Leprosy in India: report of the Leprosy Commission in India, 1890-91
Year: 1890
Disease focus: Leprosy
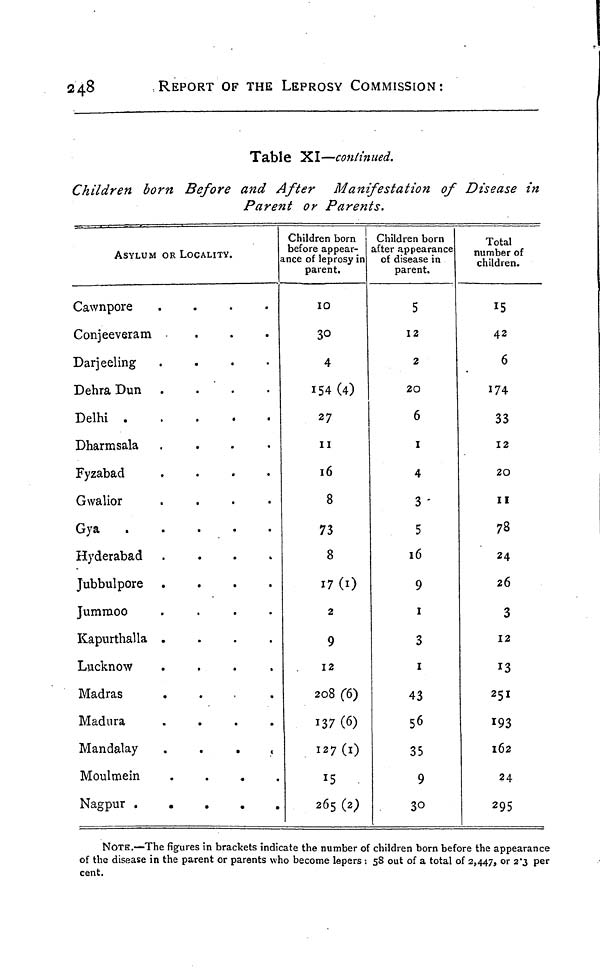
248
REPORT OF THE LEPROSY COMMISSION:
Table XI—continued.
Children born Before and After
Manifestation of Disease in
Parent or Parents.
ASYLUM OR LOCALITY.
C a w n p o r e
.
.
.
.
C o n j e e v e r a m
D a r j e e l i n g
.
.
.
.
D e h r a D u n
.
.
.
.
D e l h i
D h a r m s a l a
.
.
.
.
F y z a b a d
.
.
.
.
G w a l i o r
.
.
.
.
G y a
H y d e r a b a d
..
J u b b u l p o r e
.
.
.
.
J u m m o o
.
.
.
.
K a p u r t h a l l a
.
.
.
.
L u c k n o w
.
.
.
.
M a d r a s
.
.
.
.
M a d u r a
.
.
.
.
Mandalay
Moulmein
Nagpur
Children born
before appear-
ance of leprosy in
parent.
10
30
4
154 (4)
27
II
16
8
73
8
17(1)
2
9
12
208 (6)
137 (6)
127(1)
265 (2)
Children born
after appearance
of disease in
parent.
5
12
2
20
6
1
4
3
5
16
9
1
3
1
43
56
35
9
30
Total
number of
children.
15
42
6
174
33
12
20
11
78
24
26
3
12
13
251
193
162
24
295
NOTE.—The figures in brackets indicate the number of children born before the appearance
of the disease in the parent or parents who become lepers : 58 out of a total of 2,447, or 2.3 per
cent.